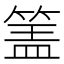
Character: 𰪅